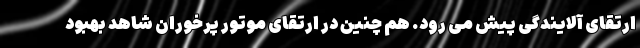
ارتقای آلایندگی پیش می رود. هم چنین در ارتقای موتور پرخوران شاهد بهبود